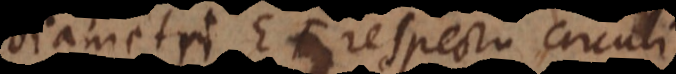
diametri EF respectu circuli